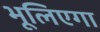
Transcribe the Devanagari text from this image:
भूलिएगा